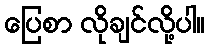
ပြေစာ လိုချင်လို့ပါ။